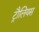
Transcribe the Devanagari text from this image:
ट्रौलियस